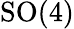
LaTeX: \mathrm{SO}(4)